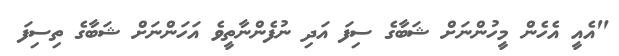
"އެއީ އެހެން މީހުންނަށް ޝަބާގެ ސިފަ އަދި ނުފެންނާތީވެ އަހަންނަށް ޝަބާގެ ތިސިފަ